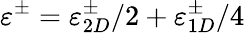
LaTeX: \varepsilon^{\pm}=\varepsilon_{2D}^{\pm}/2+\varepsilon_{1D}^{\pm}/4